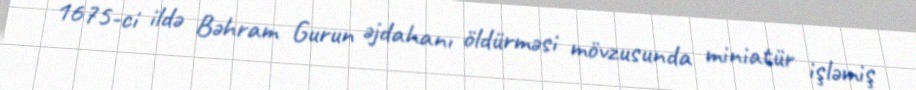
1675-ci ildə Bəhram Gurun əjdahanı öldürməsi mövzusunda miniatür işləmiş